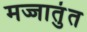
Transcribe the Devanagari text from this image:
मज्जातुंत